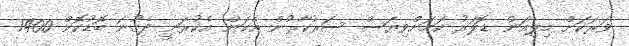
ވަރަކަށް މިލިއަން ޑޮލަރު ކަމަށްވިޔަސް ސަރުކާރުން އެކަން އެކުރަނީ ދެގުނަ ބޮޑުކޮށް 1400